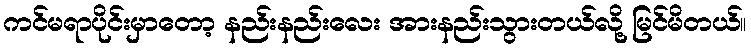
ကင်မရာပိုင်းမှာတော့ နည်းနည်းလေး အားနည်းသွားတယ်လို့ မြင်မိတယ်။